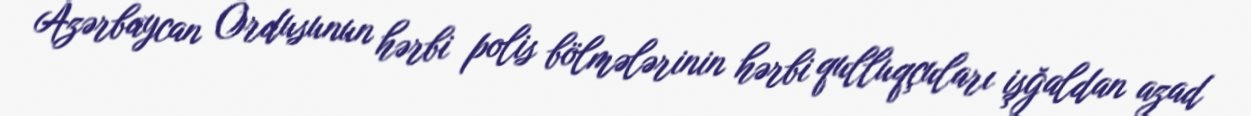
Azərbaycan Ordusunun hərbi polis bölmələrinin hərbi qulluqçuları işğaldan azad